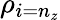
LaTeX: \rho_{i=n_{z}}